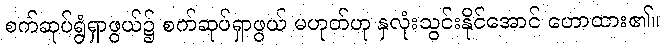
စက်ဆုပ်ရွံရှာဖွယ်၌ စက်ဆုပ်ရှာဖွယ် မဟုတ်ဟု နှလုံးသွင်းနိုင်အောင် ဟောထား၏။